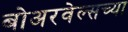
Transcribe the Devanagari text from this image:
बोअरवेल्सच्या